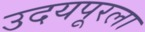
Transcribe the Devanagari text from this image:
उदयपूरला